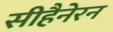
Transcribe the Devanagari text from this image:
सीहैनेरन